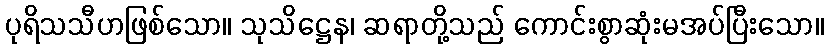
ပုရိသသီဟဖြစ်သော။ သုသိဋ္ဌေန၊ ဆရာတို့သည် ကောင်းစွာဆုံးမအပ်ပြီးသော။